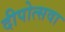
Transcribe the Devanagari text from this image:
दीपोत्सवा